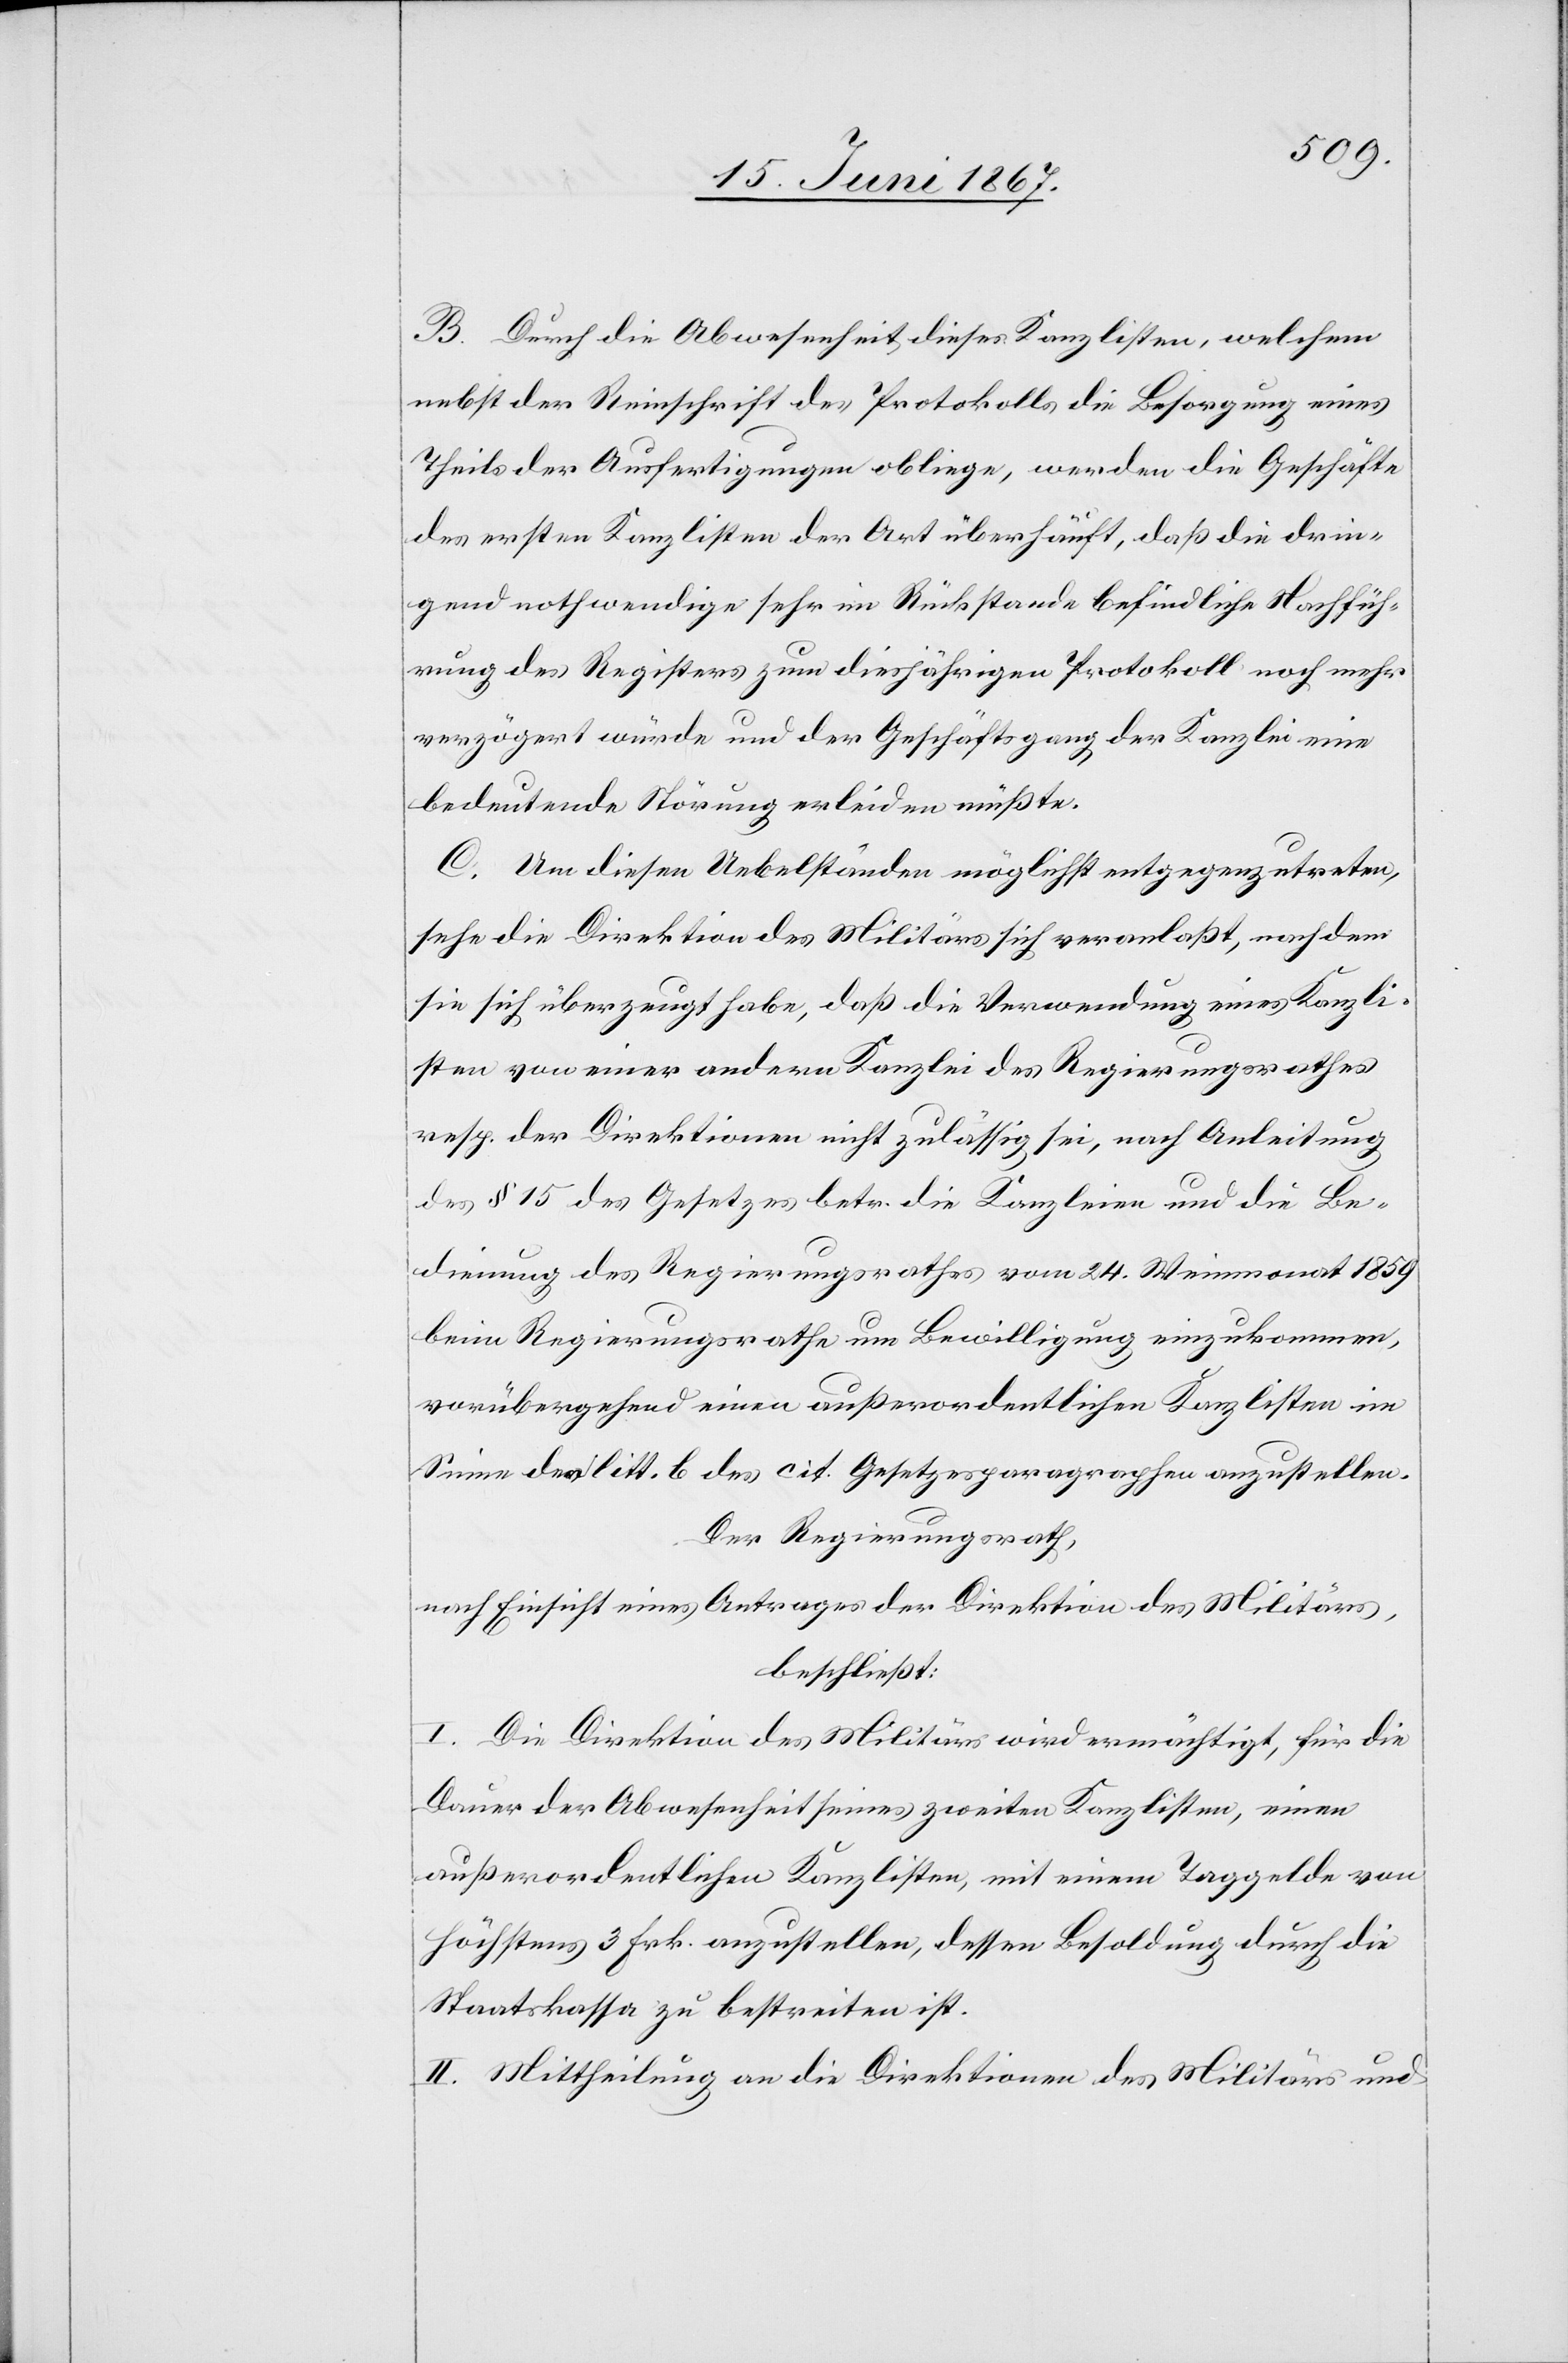
B. Durch die Abwesenheit dieses Kanzlisten, welchem
nebst der Reinschrift des Protokolls die Besorgung eines
Theils der Ausfertigungen obliege, werden die Geschäfte
der ersten Kanzlisten der Art überhäuft, daß die drin¬
gend nothwendige sehr im Rückstande befindliche Nachfüh¬
rung des Registers zum diesjährigen Protokoll noch mehr
verzögert würde und der Geschäftsgang der Kanzlei eine
bedeutende Störung erleiden müßte.
C. Um diesen Uebelständen möglichst entgegenzutreten,
sehe die Direktion des Militärs sich veranlaßt, nachdem
sie sich überzeugt habe, daß die Verwendung eines Kanzli¬
sten von einer anderen Kanzlei des Regierungsrathes
resp. der Direktionen nicht zulässig sei, nach Anleitung
des § 15 des Gesetzes betr. die Kanzleien und die Be¬
dienung des Regierungsrathes vom 24. Weinmonat 1859
beim Regierungsrathe um Bewilligung einzukommen,
vorübergehend einen außerordentlichen Kanzlisten im
Sinne des litt. b. des cit. Gesetzesparagraphen anzustellen.
Der Regierungsrath,
nach Einsicht eines Antrages der Direktion des Militärs,
beschließt:
I. Die Direktion des Militärs wird ermächtigt, für die
Dauer der Abwesenheit seines zweiten Kanzlisten, einen
außerordentlichen Kanzlisten, mit einem Taggelde von
höchstens 3 Frk. anzustellen, dessen Besoldung durch die
Staatskassa zu bestreiten ist.
II. Mittheilung an die Direktionen des Militärs und